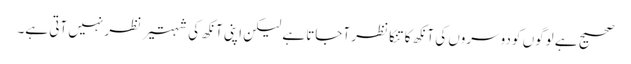
صحیح ہے لوگوں کو دوسروں کی آنکھ کا تنکا نظر آجاتا ہے لیکن اپنی آنکھ کی شہتیر نظر نہیں آتی ہے۔